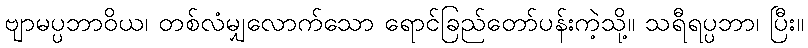
ဗျာမပ္ပဘာဝိယ၊ တစ်လံမျှလောက်သော ရောင်ခြည်တော်ပန်းကဲ့သို့။ သရီရပ္ပဘာ၊ ပြီး။